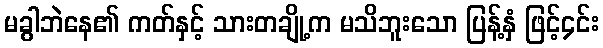
မခွါဘဲနေ၏ ကတ်နှင့် သားတချို့က မသိဘူးသော ပြန့်နှံ ဖြင့်၄င်း